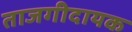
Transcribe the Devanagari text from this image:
ताजगीदायक